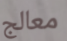
معالج